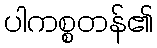
ပါကစ္စတန်၏